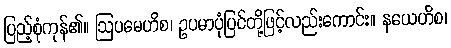
ပြည့်စုံကုန်၏။ ဩပမေဟိစ၊ ဥပမာပုံပြင်တို့ဖြင့်လည်းကောင်း။ နယေဟိစ၊